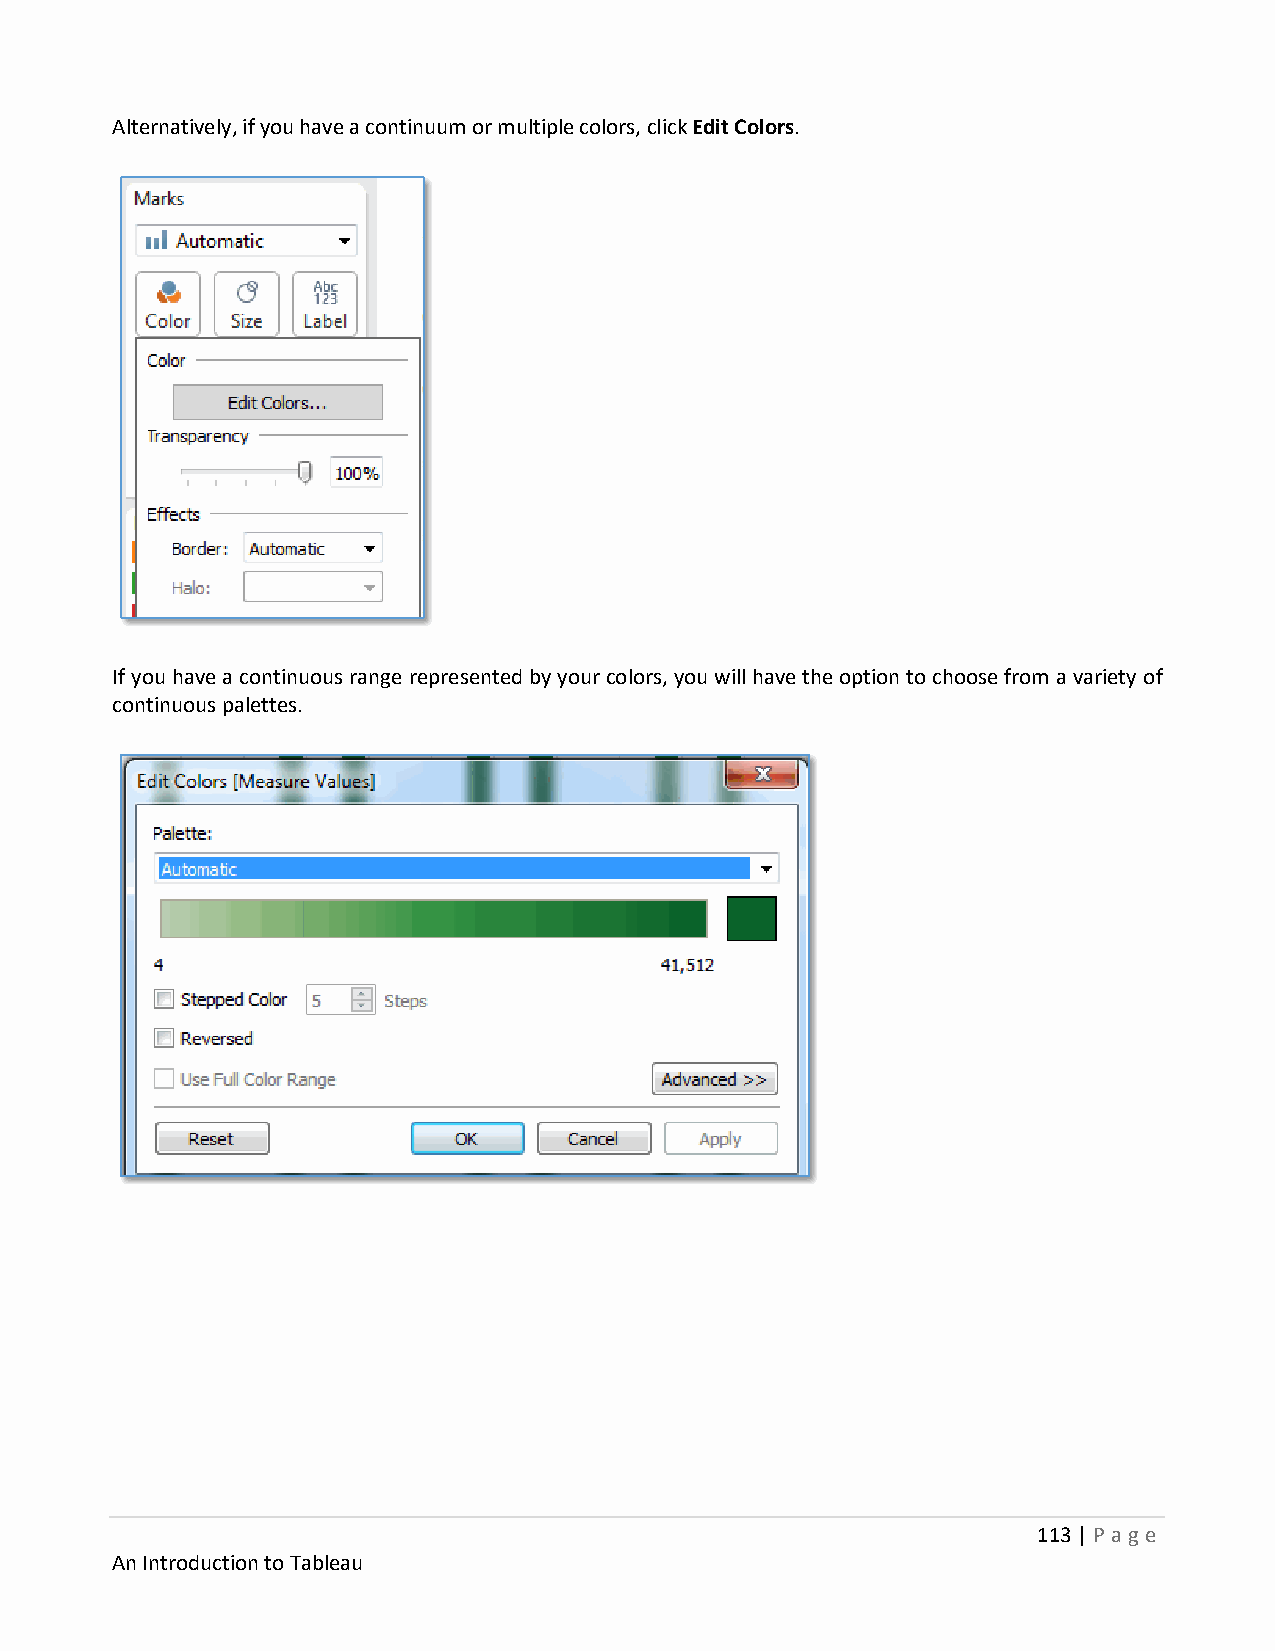
Alternatively, if you have a continuum or multiple colors, click Edit Colors.
 If you have a continuous range represented by your colors, you will have the option to choose from a variety of
 continuous palettes.
 113 | P age
 An Introduction to Tableau